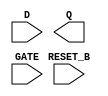
module sky130_fd_sc_ms__dlrtp (
    //# {{data|Data Signals}}
    input  D      ,
    output Q      ,

    //# {{control|Control Signals}}
    input  RESET_B,

    //# {{clocks|Clocking}}
    input  GATE
);

    // Voltage supply signals
    supply1 VPWR;
    supply0 VGND;
    supply1 VPB ;
    supply0 VNB ;

endmodule